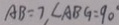
A B = 7 , \angle A B G = 9 0 ^ { \circ }